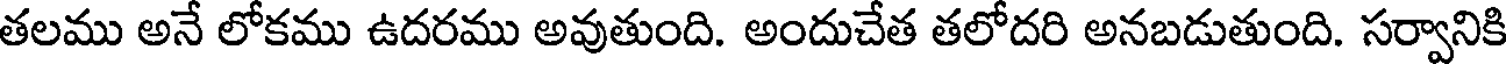
తలము అనే లోకము ఉదరము అవుతుంది. అందుచేత తలోదరి అనబడుతుంది. సర్వానికి